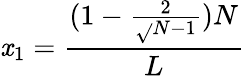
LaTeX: \mathit{x}_{1}=\frac{{(1-\frac{{2}}{{\sqrt{}{{N-1}}}})N}}{{L}}